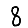
Digit: 8